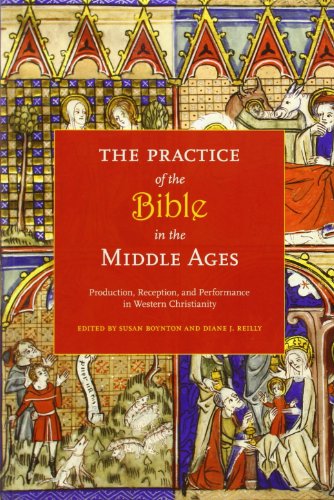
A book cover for The Practice of the Bible in the Middle Ages: Production, Reception, and Performance in Western Christianity; Literature & Fiction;